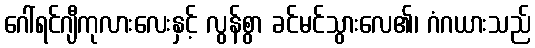
ဂေါ်ရင်ဂျီကုလားလေးနှင့် လွန်စွာ ခင်မင်သွားလေ၏၊ ဂံဂယားသည်